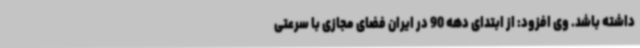
داشته باشد. وی افزود: از ابتدای دهه 90 در ایران فضای مجازی با سرعتی